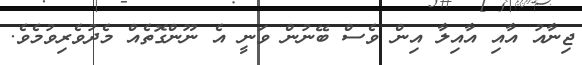
ޖިނާއު އާއި އާއިލާ އިން ވެސް ބޭނުން ވަނީ އެ ނޫންގޮތެއް މެދުވެރިވުމެވެ.